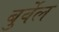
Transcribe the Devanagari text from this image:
बुर्वेल